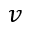
v